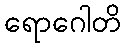
ရောဂေါတိ